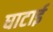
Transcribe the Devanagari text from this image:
घाटाई